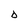
Character: D